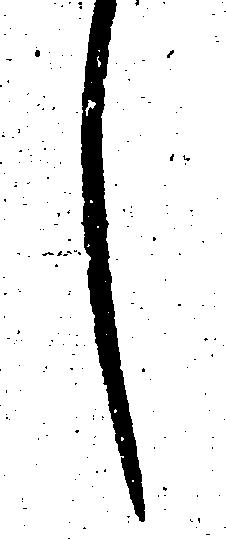
し